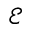
\mathcal { E }